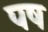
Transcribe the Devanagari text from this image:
पष